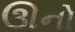
ઊનો